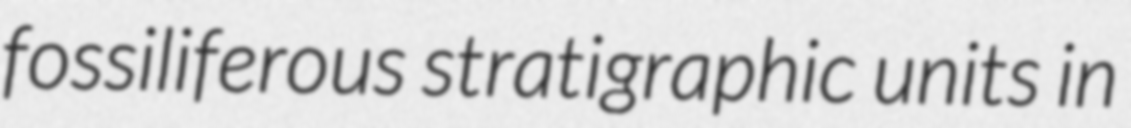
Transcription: fossiliferous stratigraphic units in